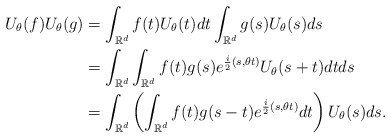
\begin{align*} U_\theta(f)U_\theta(g) & = \int_{\mathbb{R}^d}f(t)U_\theta(t)dt\int_{\mathbb{R}^d}g(s)U_\theta(s)ds \\ &=\int_{\mathbb{R}^d}\int_{\mathbb{R}^d}f(t)g(s)e^{\frac{i}{2}(s,\theta t)}U_\theta(s+t)dtds\\ &=\int_{\mathbb{R}^d}\left(\int_{\mathbb{R}^d}f(t)g(s-t)e^{\frac{i}{2}(s,\theta t)}dt\right)U_\theta(s)ds. \end{align*}